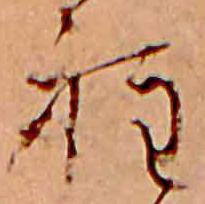
程